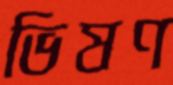
ভিষণ